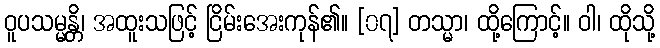
ဝူပသမ္မန္တိ၊ အထူးသဖြင့် ငြိမ်းအေးကုန်၏။ [၀၇] တသ္မာ၊ ထို့ကြောင့်။ ဝါ၊ ထိုသို့